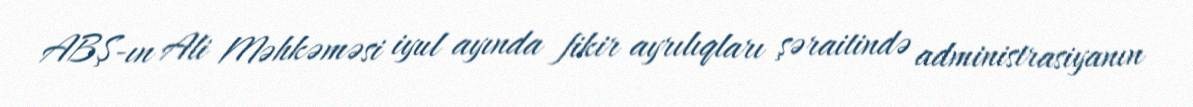
ABŞ-ın Ali Məhkəməsi iyul ayında fikir ayrılıqları şəraitində administrasiyanın